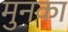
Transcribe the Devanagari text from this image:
मुनका